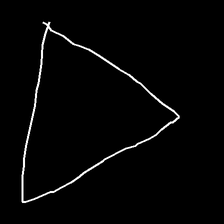
Glyph: convergence